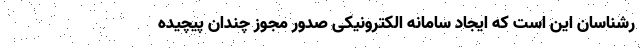
رشناسان این است که ایجاد سامانه الکترونیکی صدور مجوز چندان پیچیده